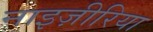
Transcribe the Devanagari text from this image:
नाइज़ीरिया